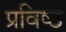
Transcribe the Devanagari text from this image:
प्रविष्‍ठ